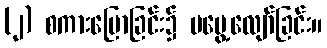
(၂) စကားပြောခြင်း၌ မမွေ့လျော်ခြင်း။